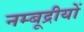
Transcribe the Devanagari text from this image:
नम्बूद्रीयों